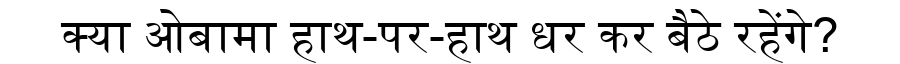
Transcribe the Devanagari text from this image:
क्या ओबामा हाथ-पर-हाथ धर कर बैठे रहेंगे?